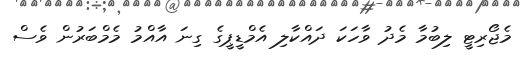
މެޖޯރިޓީ ލިބުމާ މެދު ވާހަކަ ދައްކާލި އެމްޑީޕީގެ ގިނަ އާއްމު މެމްބަރުން ވެސް